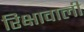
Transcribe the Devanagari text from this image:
रिक्षावाली